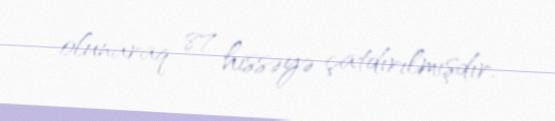
olunaraq 87 hissəyə çatdırılmışdır.